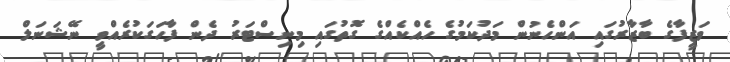
ވަޒީފާގެ ބާޒާރުގައި އަންހެނުން މަދުކަމުގެ ހެއްކެއްގެ ގޮތުގައި މިނިސްޓަރު ދެން ފާހަގަކުރެއްވީ ނޭޝަނަލް